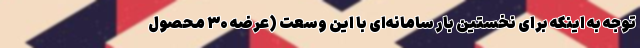
توجه به اینکه برای نخستین بار سامانه‌ای با این وسعت (عرضه ۳۰ محصول